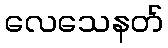
လေသေနတ်